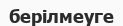
берілмеуге